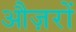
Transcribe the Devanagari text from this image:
औज़रों